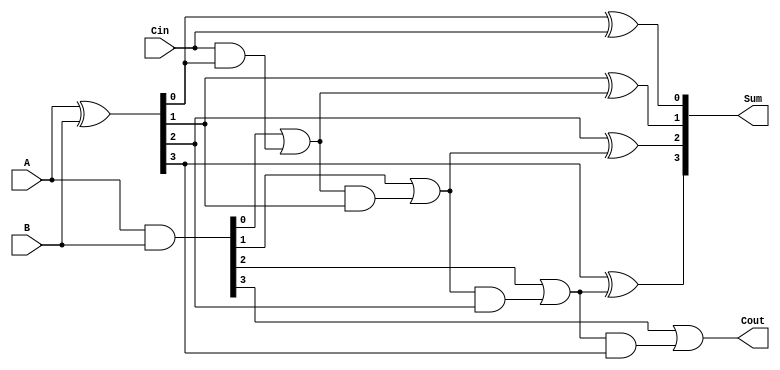
module conditional_sum_adder (
    input [3:0] A,      // 4-bit input A
    input [3:0] B,      // 4-bit input B
    input Cin,          // Carry-in
    output [4:0] Sum,   // 5-bit output (4-bit sum + carry-out)
    output Cout         // Carry-out
);

    // Intermediate signals
    wire [3:0] S;       // Preliminary sum bits
    wire [3:0] C;       // Carry bits for each group
    wire [3:0] C_cond;  // Conditional carry bits
    wire [3:0] S_cond;  // Conditional sums

    // Preliminary sum and carry for each bit
    assign S = A ^ B; // Sum without carry
    assign C = A & B; // Carry generation

    // Conditional Carry Evaluation
    assign C_cond[0] = C[0] | (Cin & S[0]);
    assign C_cond[1] = C[1] | (C_cond[0] & S[1]);
    assign C_cond[2] = C[2] | (C_cond[1] & S[2]);
    assign C_cond[3] = C[3] | (C_cond[2] & S[3]);

    // Final Sum Calculation
    assign Sum[0] = S[0] ^ Cin; // Final sum bit 0
    assign Sum[1] = S[1] ^ C_cond[0]; // Final sum bit 1
    assign Sum[2] = S[2] ^ C_cond[1]; // Final sum bit 2
    assign Sum[3] = S[3] ^ C_cond[2]; // Final sum bit 3
    assign Cout = C_cond[3]; // Final carry-out

endmodule